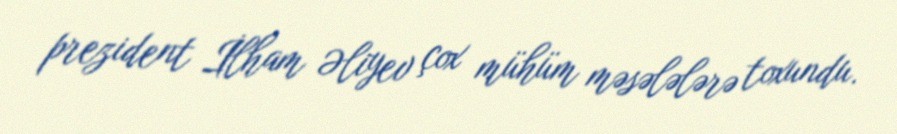
prezident İlham Əliyev çox mühüm məsələlərə toxundu.